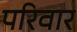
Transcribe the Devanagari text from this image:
परिवार